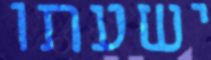
ישעתו